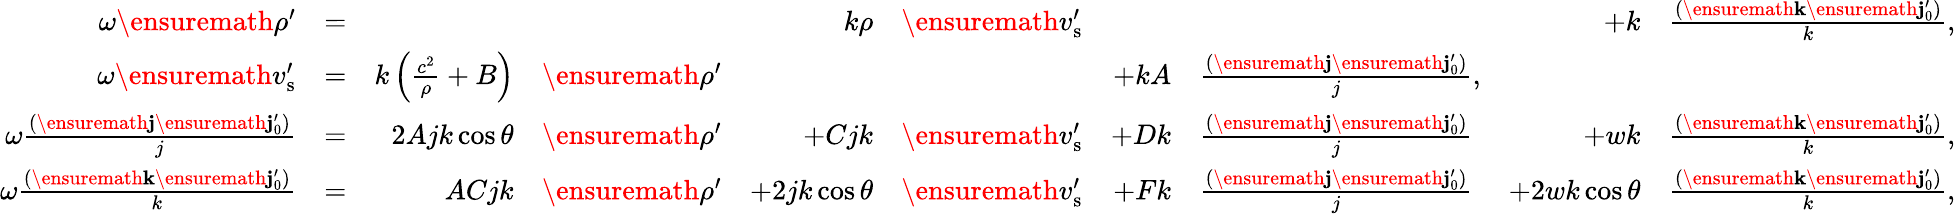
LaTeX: \begin{array}{rlrlrlrlrl}{\omega\ensuremath{\rho^{\prime}}}&{=}&&{}&{k\rho}&{\ensuremath{v_{\mathrm{s}}^{\prime}}}&&{}&{+k}&{\frac{(\ensuremath{\mathbf{k}}\ensuremath{\mathbf{j}_{0}^{\prime}})}{k},}\\ {\omega\ensuremath{v_{\mathrm{s}}^{\prime}}}&{=}&{k\left(\frac{c^{2}}{\rho}+B\right)}&{\ensuremath{\rho^{\prime}}}&&{}&{+kA}&{\frac{(\ensuremath{\mathbf{j}}\ensuremath{\mathbf{j}_{0}^{\prime}})}{j},}&&{}\\ {\omega\frac{(\ensuremath{\mathbf{j}}\ensuremath{\mathbf{j}_{0}^{\prime}})}{j}}&{=}&{2Ajk\cos\theta}&{\ensuremath{\rho^{\prime}}}&{+Cjk}&{\ensuremath{v_{\mathrm{s}}^{\prime}}}&{+Dk}&{\frac{(\ensuremath{\mathbf{j}}\ensuremath{\mathbf{j}_{0}^{\prime}})}{j}}&{+wk}&{\frac{(\ensuremath{\mathbf{k}}\ensuremath{\mathbf{j}_{0}^{\prime}})}{k},}\\ {\omega\frac{(\ensuremath{\mathbf{k}}\ensuremath{\mathbf{j}_{0}^{\prime}})}{k}}&{=}&{ACjk}&{\ensuremath{\rho^{\prime}}}&{+2jk\cos\theta}&{\ensuremath{v_{\mathrm{s}}^{\prime}}}&{+Fk}&{\frac{(\ensuremath{\mathbf{j}}\ensuremath{\mathbf{j}_{0}^{\prime}})}{j}}&{+2wk\cos\theta}&{\frac{(\ensuremath{\mathbf{k}}\ensuremath{\mathbf{j}_{0}^{\prime}})}{k},}\end{array}